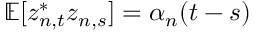
\mathbb { E } [ z _ { n , t } ^ { * } z _ { n , s } ] = \alpha _ { n } ( t - s )